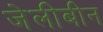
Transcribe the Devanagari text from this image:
जेलीबीन